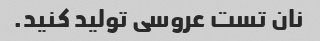
نان تست عروسی تولید کنید.